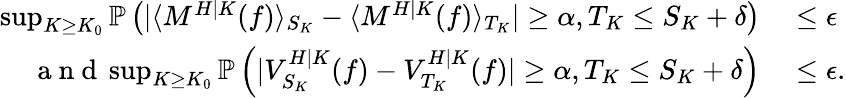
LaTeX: \begin{array}{rl}{\operatorname*{sup}_{K\geq K_{0}}\mathbb{P}\left(|\langle M^{H|K}(f)\rangle_{S_{K}}-\langle M^{H|K}(f)\rangle_{T_{K}}|\geq\alpha,T_{K}\leq S_{K}+\delta\right)}&{{}\leq\epsilon}\\ {\mathrm{~a~n~d~}\operatorname*{sup}_{K\geq K_{0}}\mathbb{P}\left(|V_{S_{K}}^{H|K}(f)-V_{T_{K}}^{H|K}(f)|\geq\alpha,T_{K}\leq S_{K}+\delta\right)}&{{}\leq\epsilon.}\end{array}